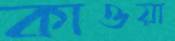
কাওয়া